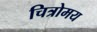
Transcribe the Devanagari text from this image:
चित्रोमय